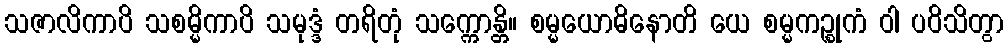
သဇာလိကာပိ သစမ္မိကာပိ သမုဒ္ဒံ တရိတုံ သက္ကောန္တိ။ စမ္မယောဓိနောတိ ယေ စမ္မကဉ္စုကံ ဝါ ပဝိသိတွာ